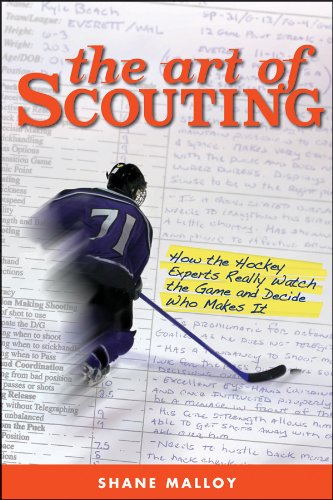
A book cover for The Art of Scouting: How The Hockey Experts Really Watch The Game and Decide Who Makes It; Shane Malloy; Sports & Outdoors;